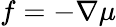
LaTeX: f=-\nabla\mu